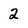
Character: 2